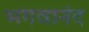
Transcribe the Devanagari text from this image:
भगवानंद